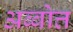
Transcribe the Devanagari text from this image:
अब्बोत्त